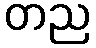
တည